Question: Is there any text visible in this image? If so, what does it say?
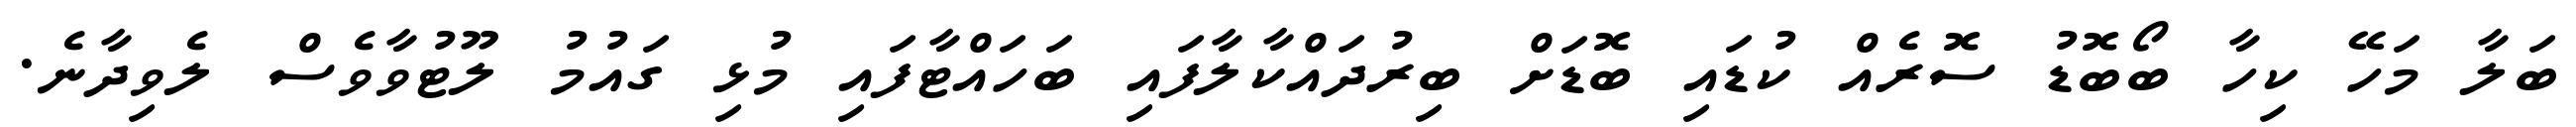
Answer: ބަލާ މަހޭ ކިހާ ބޯބޮޑު ސޮރެއް ކުޑައި ބޮޑަށް ބިރުދައްކާލާފައި ބަހައްޓާފައި މުޅި ގައުމު ލޫޓުވާވެސް ލެވިދާނެ.